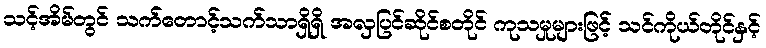
သင့်အိမ်တွင် သက်တောင့်သက်သာရှိရှိ အလှပြင်ဆိုင်စတိုင် ကုသမှုများဖြင့် သင်ကိုယ်တိုင်နှင့်